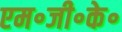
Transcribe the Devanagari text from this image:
एम॰जी॰के॰